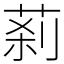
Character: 䓭